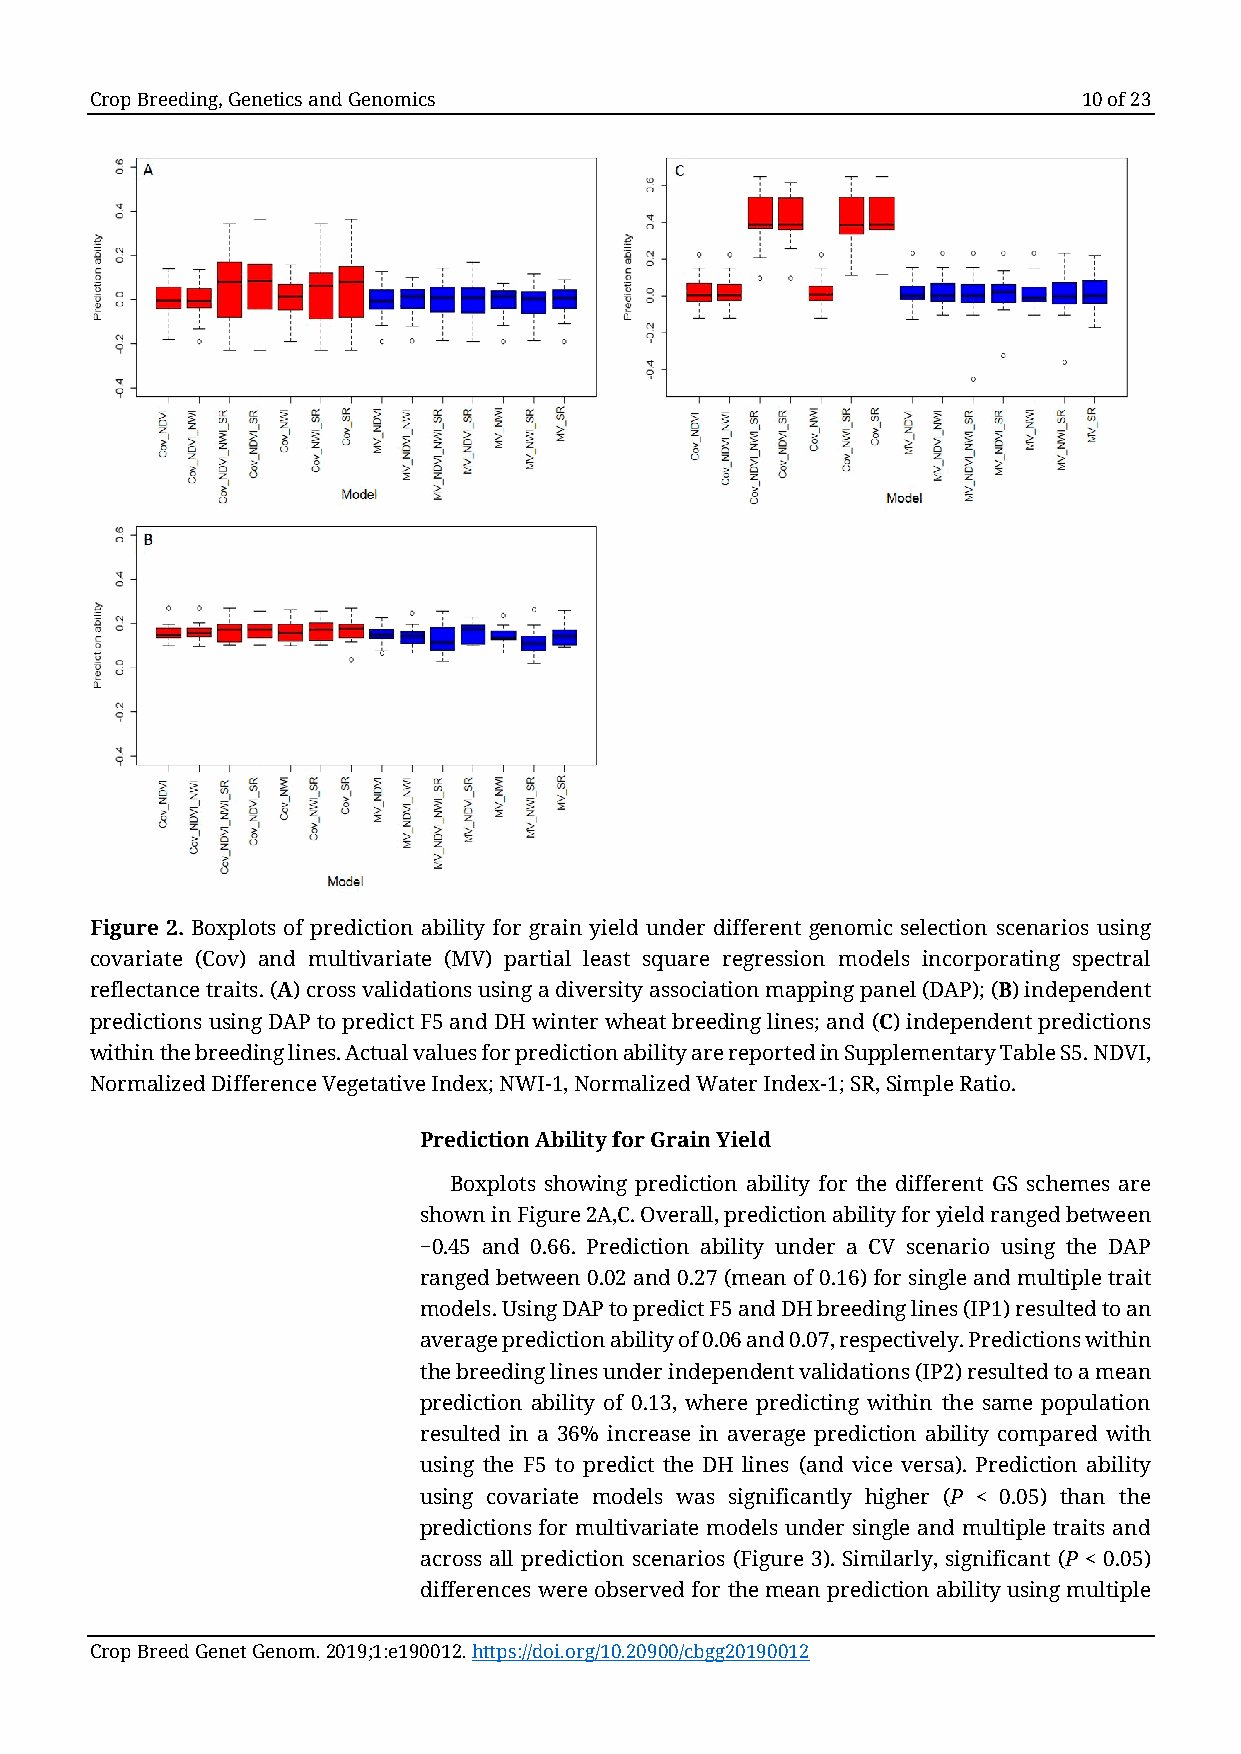
Crop Breeding, Genetics and Genomics                              10 of 23
 Figure 2. Boxplots of prediction ability for grain yield under different genomic selection scenarios using
 covariate (Cov) and multivariate (MV) partial least square regression models incorporating spectral
 reflectance traits. (A) cross validations using a diversity association mapping panel (DAP); (B) independent
 predictions using DAP to predict F5 and DH winter wheat breeding lines; and (C) independent predictions
 within the breeding lines. Actual values for prediction ability are reported in Supplementary Table S5. NDVI,
 Normalized Difference Vegetative Index; NWI-1, Normalized Water Index-1; SR, Simple Ratio.
 Prediction Ability for Grain Yield
 Boxplots showing prediction ability for the different GS schemes are
 shown in Figure 2A,C. Overall, prediction ability for yield ranged between
 −0.45 and 0.66. Prediction ability under a CV scenario using the DAP
 ranged between 0.02 and 0.27 (mean of 0.16) for single and multiple trait
 models. Using DAP to predict F5 and DH breeding lines (IP1) resulted to an
 average prediction ability of 0.06 and 0.07, respectively. Predictions within
 the breeding lines under independent validations (IP2) resulted to a mean
 prediction ability of 0.13, where predicting within the same population
 resulted in a 36% increase in average prediction ability compared with
 using the F5 to predict the DH lines (and vice versa). Prediction ability
 using covariate models was significantly higher (P < 0.05) than the
 predictions for multivariate models under single and multiple traits and
 across all prediction scenarios (Figure 3). Similarly, significant (P < 0.05)
 differences were observed for the mean prediction ability using multiple
 Crop Breed Genet Genom. 2019;1:e190012. https://doi.org/10.20900/cbgg20190012